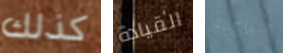
كذلك القيادة متفاجئة